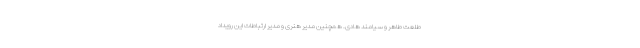
طلعت طاهر و سیامند هادی. همچنین مدیر هنری و مدیر ارتباطات این رویداد